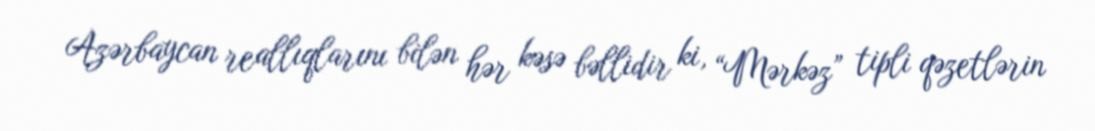
Azərbaycan reallıqlarını bilən hər kəsə bəllidir ki, “Mərkəz” tipli qəzetlərin